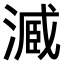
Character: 𣻟